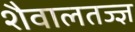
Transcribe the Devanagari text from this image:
शैवालतज्ज्ञ